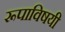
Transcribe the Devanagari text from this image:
रूपाविषयी